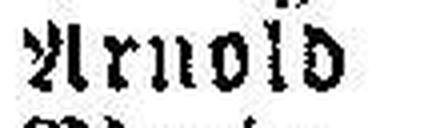
Arnold